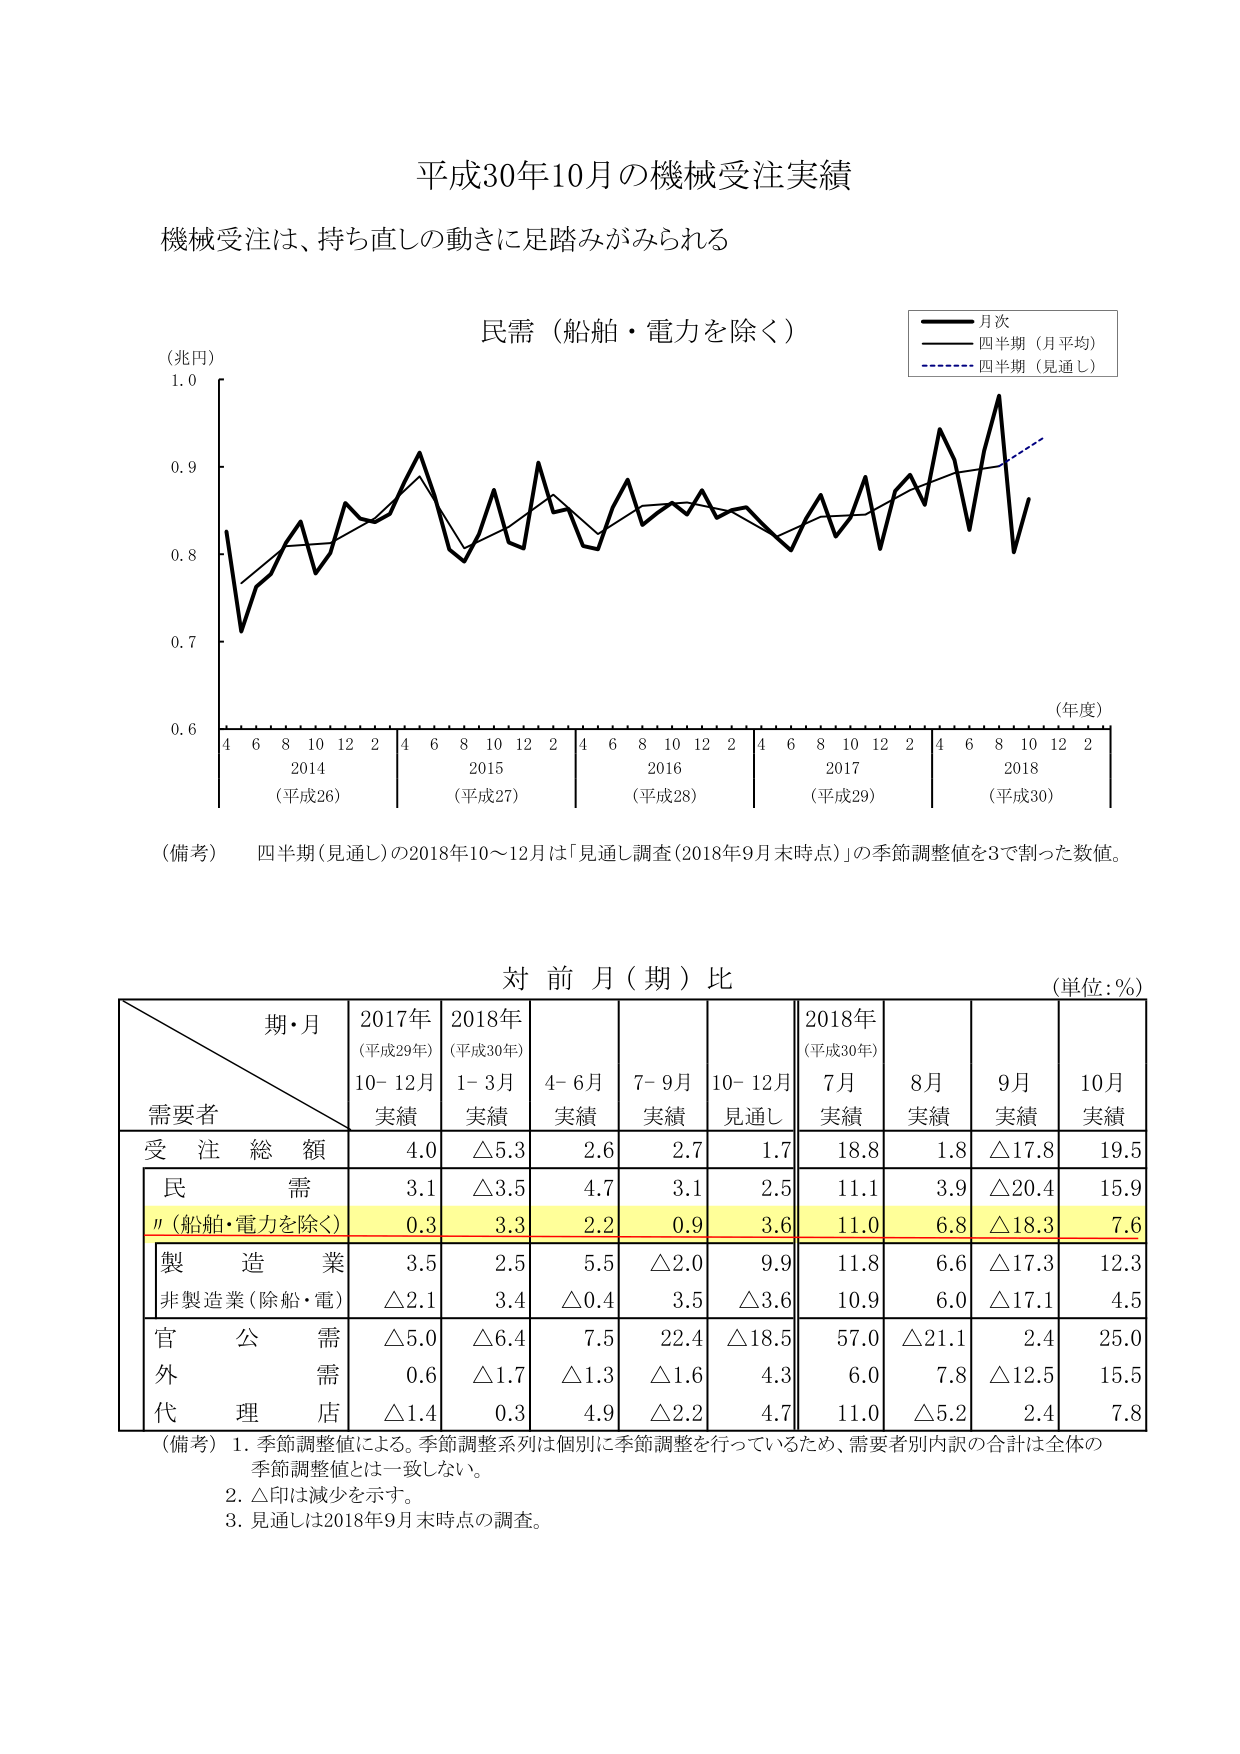
平成30年10月の機械受注実績
機械受注は、持ち直しの動きに足踏みがみられる

民需（船舶・電力を除く）
（兆円）
1.0
0.9
0.8
0.7
0.6
4 6 8 10 12 2 4 6 8 10 12 2 4 6 8 10 12 2 4 6 8 10 12 2 4 6 8 10 12 2
2014 （平成26） 2015 （平成27） 2016 （平成28） 2017 （平成29） 2018 （平成30）
（年度）

■ 月次
―― 四半期（月平均）
―――― 四半期（見通し）

（備考） 四半期（見通し）の2018年10～12月は「見通し調査（2018年9月末時点）」の季節調整値を3で割った数値。

対 前 月（期）比
（単位：％）

期・月
需要者
2017年
（平成29年）
10-12月
実績
2018年
（平成30年）
1-3月
実績
4-6月
実績
7-9月
実績
10-12月
見通し
2018年
（平成30年）
7月
実績
8月
実績
9月
実績
10月
実績

受 注 総 額
4.0
△5.3
2.6
2.7
1.7
18.8
1.8
△17.8
19.5

民 需
3.1
△3.5
4.7
3.1
2.5
11.1
3.9
△20.4
15.9

〃（船舶・電力を除く）
0.3
3.3
2.2
0.9
3.6
11.0
6.8
△18.3
7.6

製 造 業
3.5
2.5
5.5
△2.0
9.9
11.8
6.6
△17.3
12.3

非製造業（除船・電）
△2.1
3.4
△0.4
3.5
△3.6
10.9
6.0
△17.1
4.5

官 公 需
△5.0
△6.4
7.5
22.4
△18.5
57.0
△21.1
2.4
25.0

外 需
0.6
△1.7
△1.3
△1.6
4.3
6.0
7.8
△12.5
15.5

代 理 店
△1.4
0.3
4.9
△2.2
4.7
11.0
△5.2
2.4
7.8

（備考） 1. 季節調整値による。季節調整系列は個別に季節調整を行っているため、需要者別内訳の合計は全体の季節調整値とは一致しない。
2. △印は減少を示す。
3. 見通しは2018年9月末時点の調査。